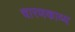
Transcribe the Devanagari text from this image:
चारणकाव्य